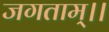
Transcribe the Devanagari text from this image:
जगताम्।।